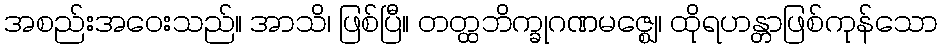
အစည်းအဝေးသည်။ အာသိ၊ ဖြစ်ပြီ။ တတ္ထဘိက္ခုဂဏမဇ္ဈေ၊ ထိုရဟန္တာဖြစ်ကုန်သော